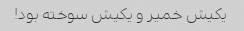
یکیش خمیر و یکیش سوخته بود!